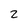
Character: 2